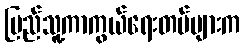
ပြည်သူ့ကာကွယ်ရေးတပ်များက